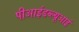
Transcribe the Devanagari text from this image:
पीआईडब्ल्यूआई